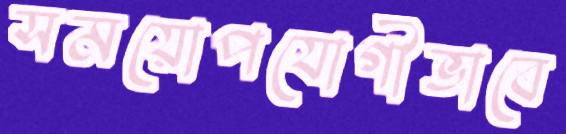
সময়োপযোগীভাবে